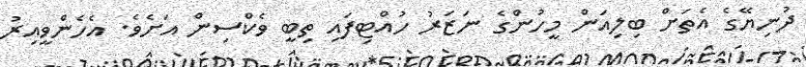
ދުނިޔޭގެ އެތަށް ބިލިއަން މީހުންގެ ނަޒަރު ހުއްޓިފައި ތިބީ ވެކްސިން އަށެވެ. އެހެންވީއިރު